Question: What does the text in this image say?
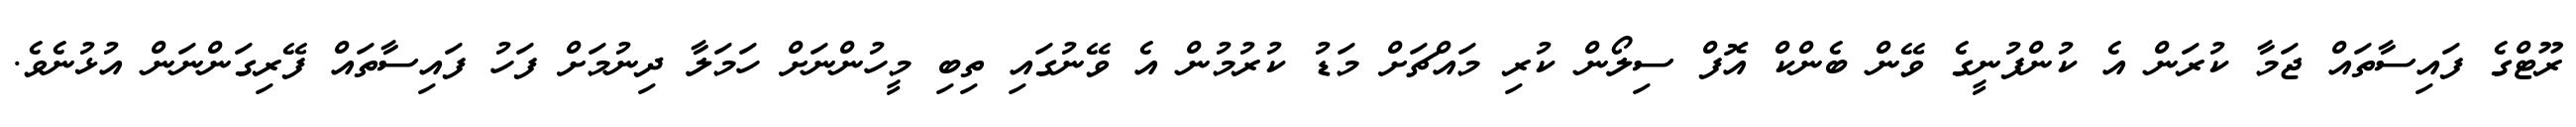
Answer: ރޫޓްގެ ފައިސާތައް ޖަމާ ކުރަން އެ ކުންފުނީގެ ވޭން ބެންކް އޮފް ސިލޯން ކުރި މައްޗަށް މަޑު ކުރުމުން އެ ވޭނުގައި ތިބި މީހުންނަށް ހަމަލާ ދިނުމަށް ފަހު ފައިސާތައް ފޭރިގަންނަން އުޅުނެވެ.